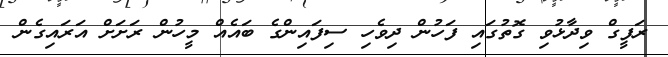
ރަފީގް ވިދާޅުވި ގޮތުގައި ފަހުން ދިވެހި ސިފައިންގެ ބައެއް މީހުން ރަށަށް އަރައިގެން